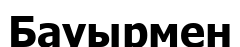
Бауырмен